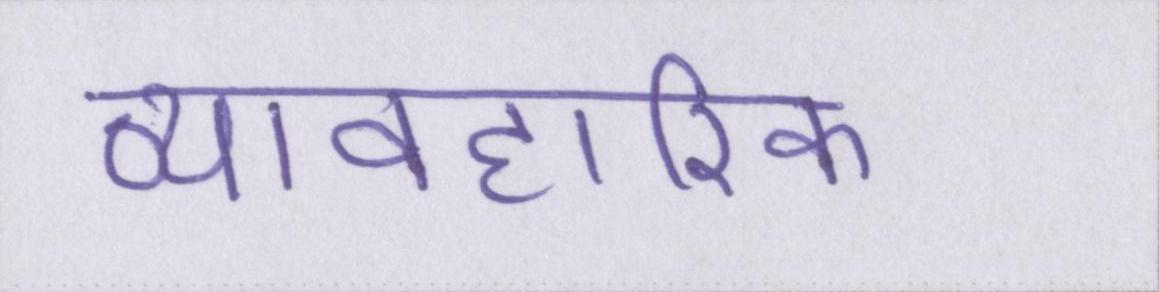
व्यावहारिक